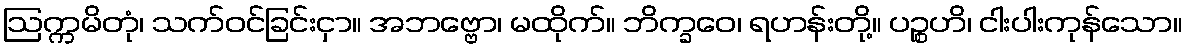
ဩက္ကမိတုံ၊ သက်ဝင်ခြင်းငှာ။ အဘဗ္ဗော၊ မထိုက်။ ဘိက္ခဝေ၊ ရဟန်းတို့။ ပဉ္စဟိ၊ ငါးပါးကုန်သော။